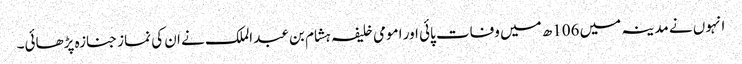
انہوں نے مدینہ میں 106ھ میں وفات پائی اور امومی خلیفہ ہشام بن عبد الملک نے ان کی نماز جنازہ پڑھائی۔